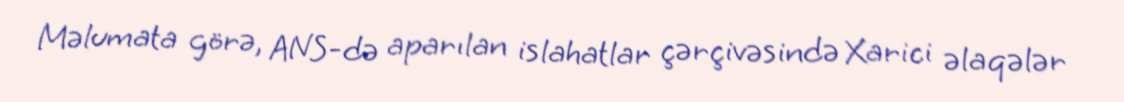
Məlumata görə, ANS-də aparılan islahatlar çərçivəsində Xarici əlaqələr